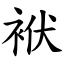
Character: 袱